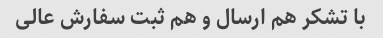
با تشکر هم‌ ارسال و هم ثبت سفارش عالی